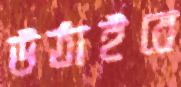
উঠাইবে